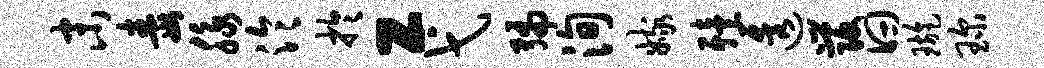
末毒脉泠於工弋编洵嫁殪透发曰璇琛